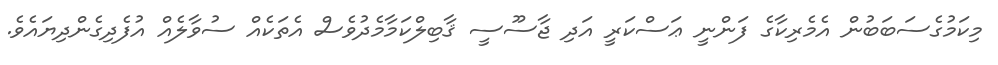
މިކަމުގެސަބަބުން އެމެރިކާގެ ފަންނީ ޢަސްކަރީ އަދި ޖާސޫސީ ޤާބިލްކަމާމެދުވެސް އެތަކެއް ސުވާލެއް އުފެދިގެންދިޔައެވެ.